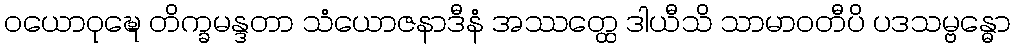
ဝယောဝုဍ္ဎေ တိက္ခမန္ဒတာ သံယောဇနာဒီနံ အဿတ္ထေ ဒါယီသိ သာမာဝတီပိ ပဒသမ္ဗန္ဓော